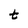
Character: t